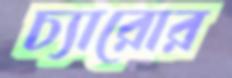
চ্যারোর